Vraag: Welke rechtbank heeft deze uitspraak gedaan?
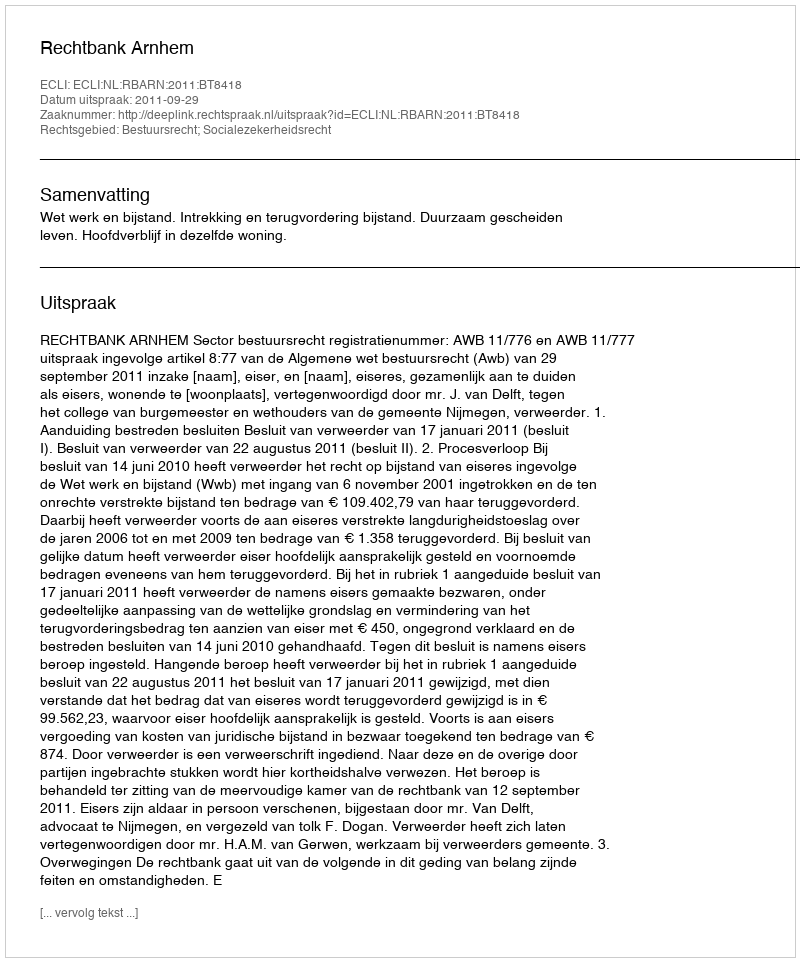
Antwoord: Rechtbank Arnhem